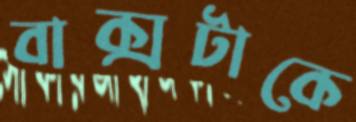
বাক্সটাকে